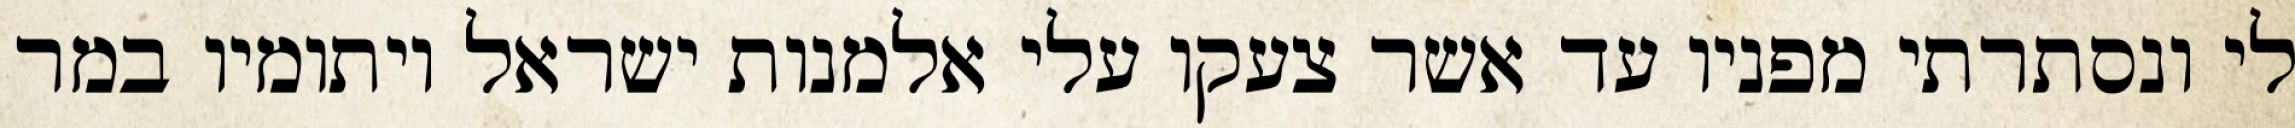
לי ונסתרתי מפניו עד אשר צעקו עלי אלמנות ישראל ויתומיו במר